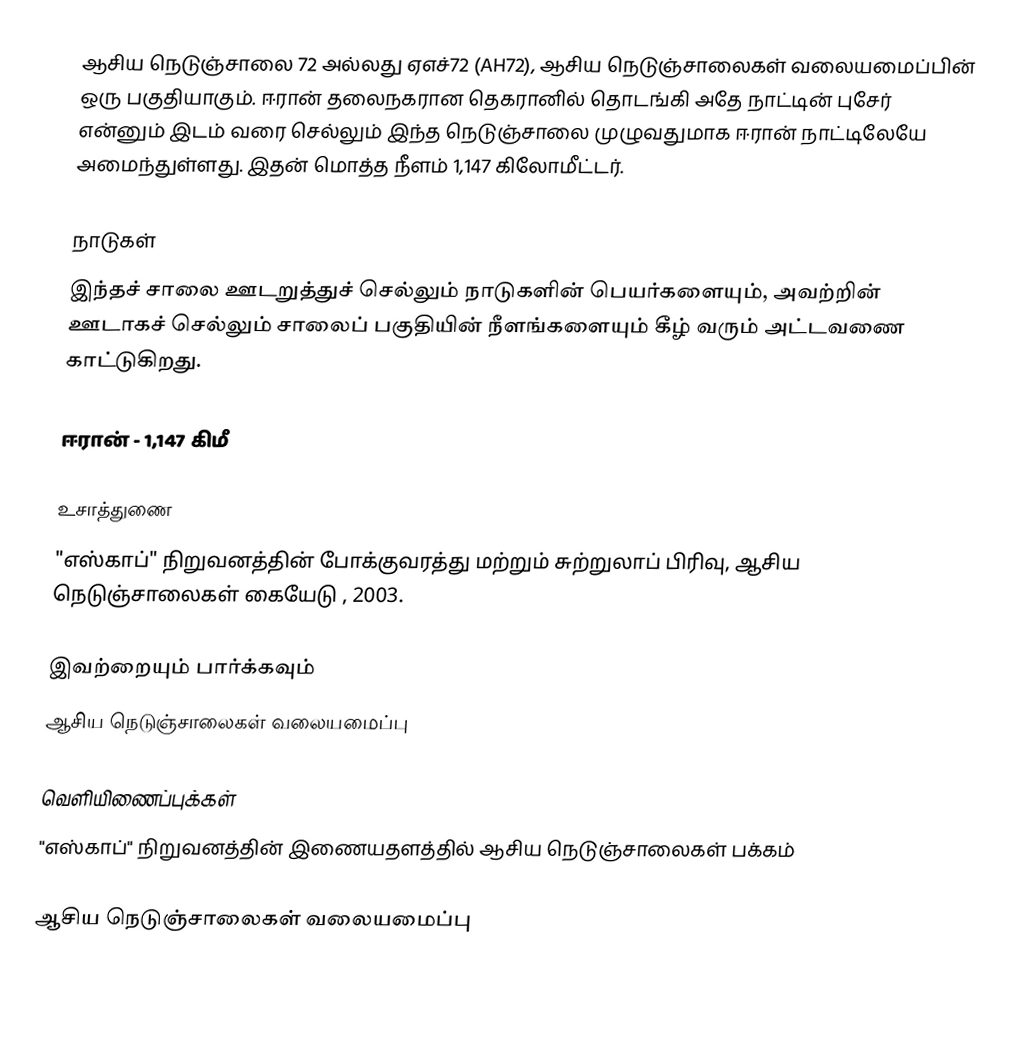
ஆசிய நெடுஞ்சாலை 72 அல்லது ஏஎச்72 (AH72), ஆசிய நெடுஞ்சாலைகள் வலையமைப்பின் ஒரு பகுதியாகும். ஈரான் தலைநகரான தெகரானில் தொடங்கி அதே நாட்டின் புசேர் என்னும் இடம் வரை செல்லும் இந்த நெடுஞ்சாலை முழுவதுமாக ஈரான் நாட்டிலேயே அமைந்துள்ளது. இதன் மொத்த நீளம் 1,147 கிலோமீட்டர்.

நாடுகள்
இந்தச் சாலை ஊடறுத்துச் செல்லும் நாடுகளின் பெயர்களையும், அவற்றின் ஊடாகச் செல்லும் சாலைப் பகுதியின் நீளங்களையும் கீழ் வரும் அட்டவணை காட்டுகிறது.

 ஈரான் - 1,147 கிமீ

உசாத்துணை
 "எஸ்காப்" நிறுவனத்தின் போக்குவரத்து மற்றும் சுற்றுலாப் பிரிவு, ஆசிய நெடுஞ்சாலைகள் கையேடு , 2003.

இவற்றையும் பார்க்கவும்
 ஆசிய நெடுஞ்சாலைகள் வலையமைப்பு

வெளியிணைப்புக்கள்
 "எஸ்காப்" நிறுவனத்தின் இணையதளத்தில் ஆசிய நெடுஞ்சாலைகள் பக்கம்

 ஆசிய நெடுஞ்சாலைகள் வலையமைப்பு